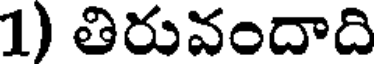
1) తిరువందాది